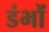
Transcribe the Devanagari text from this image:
डंभों